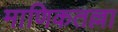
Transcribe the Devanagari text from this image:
माणिकतल्ला